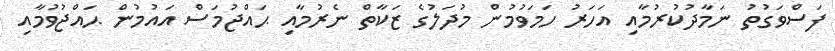
ފަސްވަގުތު ނަމާދުކުރުމާއި އަހަރު ހަމަވުމުން މުދަލުގެ ޒަކާތް ނެރުމާއި ޙައްޖުމަސް އައުމުން ޙައްޖުވުމާއި